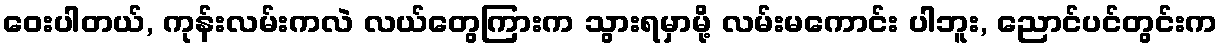
ဝေးပါတယ်, ကုန်းလမ်းကလဲ လယ်တွေကြားက သွားရမှာမို့ လမ်းမကောင်း ပါဘူး, ညောင်ပင်တွင်းက